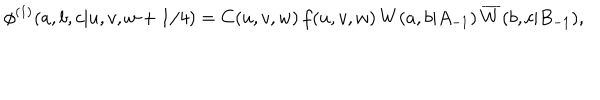
LaTeX: \phi ^ { ( 1 ) } ( a , b , c | u , v , w + 1 / 4 ) = C ( u , v , w ) \, f ( u , v , w ) \, W ( a , b | A _ { - 1 } ) \, \overline { { { W } } } ( b , c | B _ { - 1 } ) ,